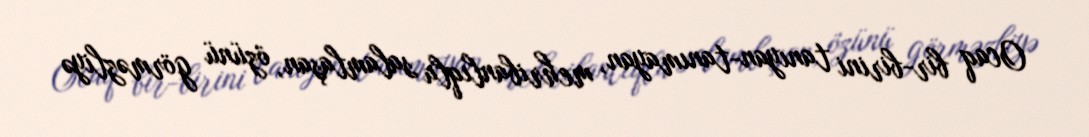
Ocaq bir-birini tanıyan-tanımayan, mehribanlıqla salamlaşan, özünü görməzliyə